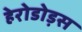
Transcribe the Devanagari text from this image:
हेरोडोड़स